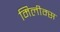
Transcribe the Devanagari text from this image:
मिलीम्स